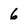
Character: 6